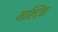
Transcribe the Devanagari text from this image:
माल्टिन